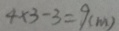
4 \times 3 - 3 = 9 ( m )